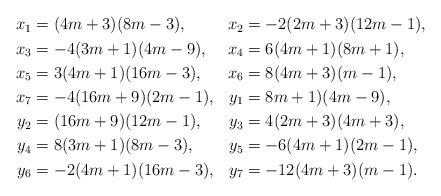
LaTeX: \begin{align*}\begin{aligned}x_1&=(4m+3)(8m-3),&x_2&=-2(2m+3)(12m-1),\\x_3&=-4(3m+1)(4m-9),&x_4&=6(4m+1)(8m+1),\\x_5&=3(4m+1)(16m-3),&x_6&=8(4m+3)(m-1),\\x_7&=-4(16m+9)(2m-1),&y_1&=8m+1)(4m-9),\\y_2&=(16m+9)(12m-1),&y_3&=4(2m+3)(4m+3),\\y_4&=8(3m+1)(8m-3),&y_5&=-6(4m+1)(2m-1),\\y_6&=-2(4m+1)(16m-3),&y_7&=-12(4m+3)(m-1).\end{aligned}\end{align*}